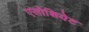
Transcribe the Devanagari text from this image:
एसोशियेट